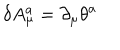
\delta A _ { \mu } ^ { a } = \partial _ { \mu } \theta ^ { a }